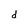
Character: d